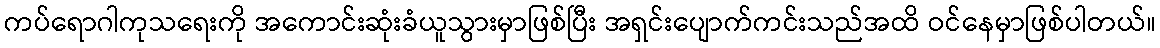
ကပ်ရောဂါကုသရေးကို အကောင်းဆုံးခံယူသွားမှာဖြစ်ပြီး အရှင်းပျောက်ကင်းသည်အထိ ဝင်နေမှာဖြစ်ပါတယ်။